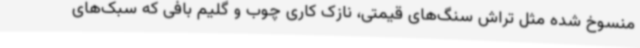
منسوخ شده مثل تراش سنگ‌های قیمتی، نازک کاری چوب و گلیم بافی که سبک‌های